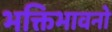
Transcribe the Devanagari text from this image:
भक्तिभावनो